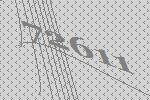
72611